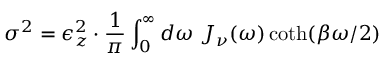
\sigma ^ { 2 } = \epsilon _ { z } ^ { 2 } \cdot \frac { 1 } { \pi } \int _ { 0 } ^ { \infty } d \omega ~ J _ { \nu } ( \omega ) \coth ( \beta \omega / 2 )